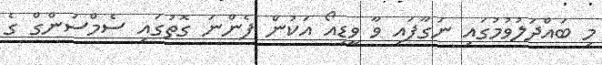
މި ބައްދަލުވުމުގައި ނަގާފައި ވާ ވީޑިއޯ އަކުން ފެންނަ ގޮތުގައި ސެމްސަންގް ގެ